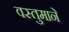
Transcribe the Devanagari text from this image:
वस्तुमाने